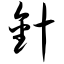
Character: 针